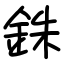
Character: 銖